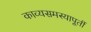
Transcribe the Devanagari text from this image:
काव्यसमस्यापूर्ती